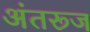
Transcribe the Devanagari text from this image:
अंतरूज